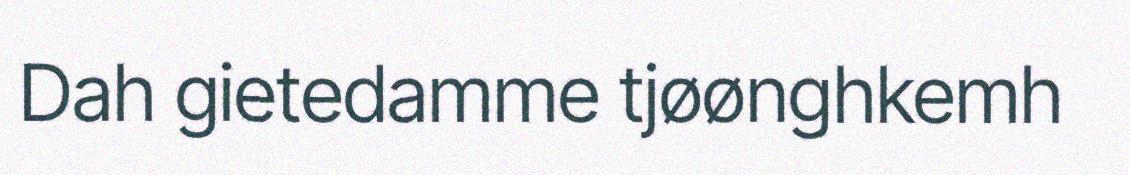
Dah gietedamme tjøønghkemh